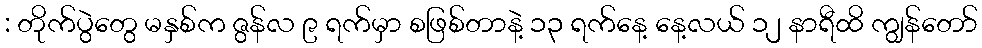
: တိုက်ပွဲတွေ မနှစ်က ဇွန်လ ၉ ရက်မှာ စဖြစ်တာနဲ့ ၁၃ ရက်နေ့ နေ့လယ် ၁၂ နာရီထိ ကျွန်တော်